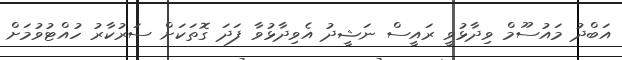
އަބްދު މައުސޫމް ވިދާޅުވީ ރައީސް ނަޝީދު އެވިދާޅުވާ ފަދަ ގޮތަކަށް ސަރުކާރު ހުއްޓުވުމަށް